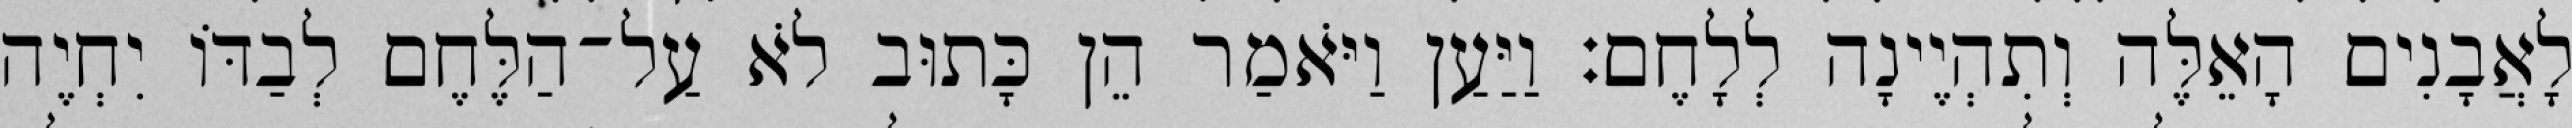
לָאֲבָנִים הָאֵלֶּה וְתִהְיֶינָה לְלָחֶם׃ וַיַּעַן וַיֹּאמַר הֵן כָּתוּב לֹא עַל־הַלֶּחֶם לְבַדּוֹ יִחְיֶה